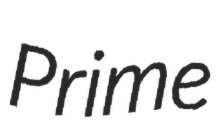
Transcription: Prime